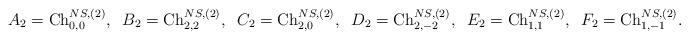
LaTeX: \begin{align*}A_2 = {\rm Ch}^{NS,(2)}_{0,0},\;\;B_2 = {\rm Ch}^{NS,(2)}_{2,2},\;\;C_2 = {\rm Ch}^{NS,(2)}_{2,0},\;\;D_2 = {\rm Ch}^{NS,(2)}_{2,-2},\;\;E_2 = {\rm Ch}^{NS,(2)}_{1,1},\;\;F_2 = {\rm Ch}^{NS,(2)}_{1,-1}.\end{align*}